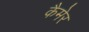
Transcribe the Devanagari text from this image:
कैमेर